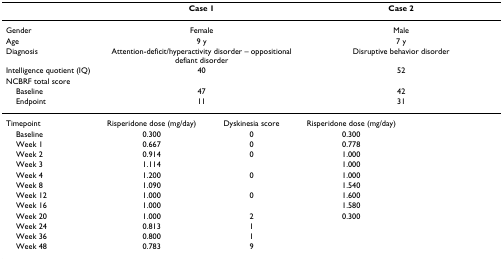
<table><thead><tr><td>[EMPTY_CELL]</td><td colspan="2"><b>Case 1</b></td><td colspan="2"><b>Case 2</b></td></tr></thead><tbody><tr><td>Gender</td><td colspan="2">Female</td><td colspan="2">Male</td></tr><tr><td>Age</td><td colspan="2">9 y</td><td colspan="2">7 y</td></tr><tr><td>Diagnosis</td><td colspan="2">Attention-deficit/hyperactivity disorder – oppositional defiant disorder</td><td colspan="2">Disruptive behavior disorder</td></tr><tr><td>Intelligence quotient (IQ)</td><td colspan="2">40</td><td colspan="2">52</td></tr><tr><td>NCBRF total score</td><td>[EMPTY_CELL]</td><td>[EMPTY_CELL]</td><td>[EMPTY_CELL]</td><td>[EMPTY_CELL]</td></tr><tr><td> Baseline</td><td colspan="2">47</td><td colspan="2">42</td></tr><tr><td> Endpoint</td><td colspan="2">11</td><td colspan="2">31</td></tr><tr><td>Timepoint</td><td>Risperidone dose (mg/day)</td><td>Dyskinesia score</td><td>Risperidone dose (mg/day)</td><td>[EMPTY_CELL]</td></tr><tr><td> Baseline</td><td>0.300</td><td>0</td><td>0.300</td><td>[EMPTY_CELL]</td></tr><tr><td> Week 1</td><td>0.667</td><td>0</td><td>0.778</td><td>[EMPTY_CELL]</td></tr><tr><td> Week 2</td><td>0.914</td><td>0</td><td>1.000</td><td>[EMPTY_CELL]</td></tr><tr><td> Week 3</td><td>1.114</td><td>[EMPTY_CELL]</td><td>1.000</td><td>[EMPTY_CELL]</td></tr><tr><td> Week 4</td><td>1.200</td><td>0</td><td>1.000</td><td>[EMPTY_CELL]</td></tr><tr><td> Week 8</td><td>1.090</td><td>[EMPTY_CELL]</td><td>1.540</td><td>[EMPTY_CELL]</td></tr><tr><td> Week 12</td><td>1.000</td><td>0</td><td>1.600</td><td>[EMPTY_CELL]</td></tr><tr><td> Week 16</td><td>1.000</td><td>[EMPTY_CELL]</td><td>1.580</td><td>[EMPTY_CELL]</td></tr><tr><td> Week 20</td><td>1.000</td><td>2</td><td>0.300</td><td>[EMPTY_CELL]</td></tr><tr><td> Week 24</td><td>0.813</td><td>1</td><td>[EMPTY_CELL]</td><td>[EMPTY_CELL]</td></tr><tr><td> Week 36</td><td>0.800</td><td>1</td><td>[EMPTY_CELL]</td><td>[EMPTY_CELL]</td></tr><tr><td> Week 48</td><td>0.783</td><td>9</td><td>[EMPTY_CELL]</td><td>[EMPTY_CELL]</td></tr></tbody></table>